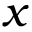
x